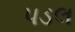
પડલ